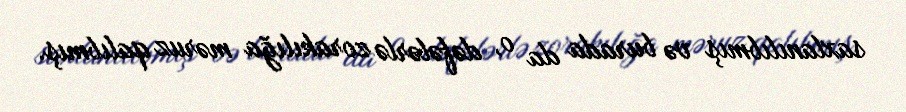
saxlanılıbmış və burada da o, dəfələrlə zorakılığa məruz qalıbmış.